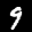
Label: 9